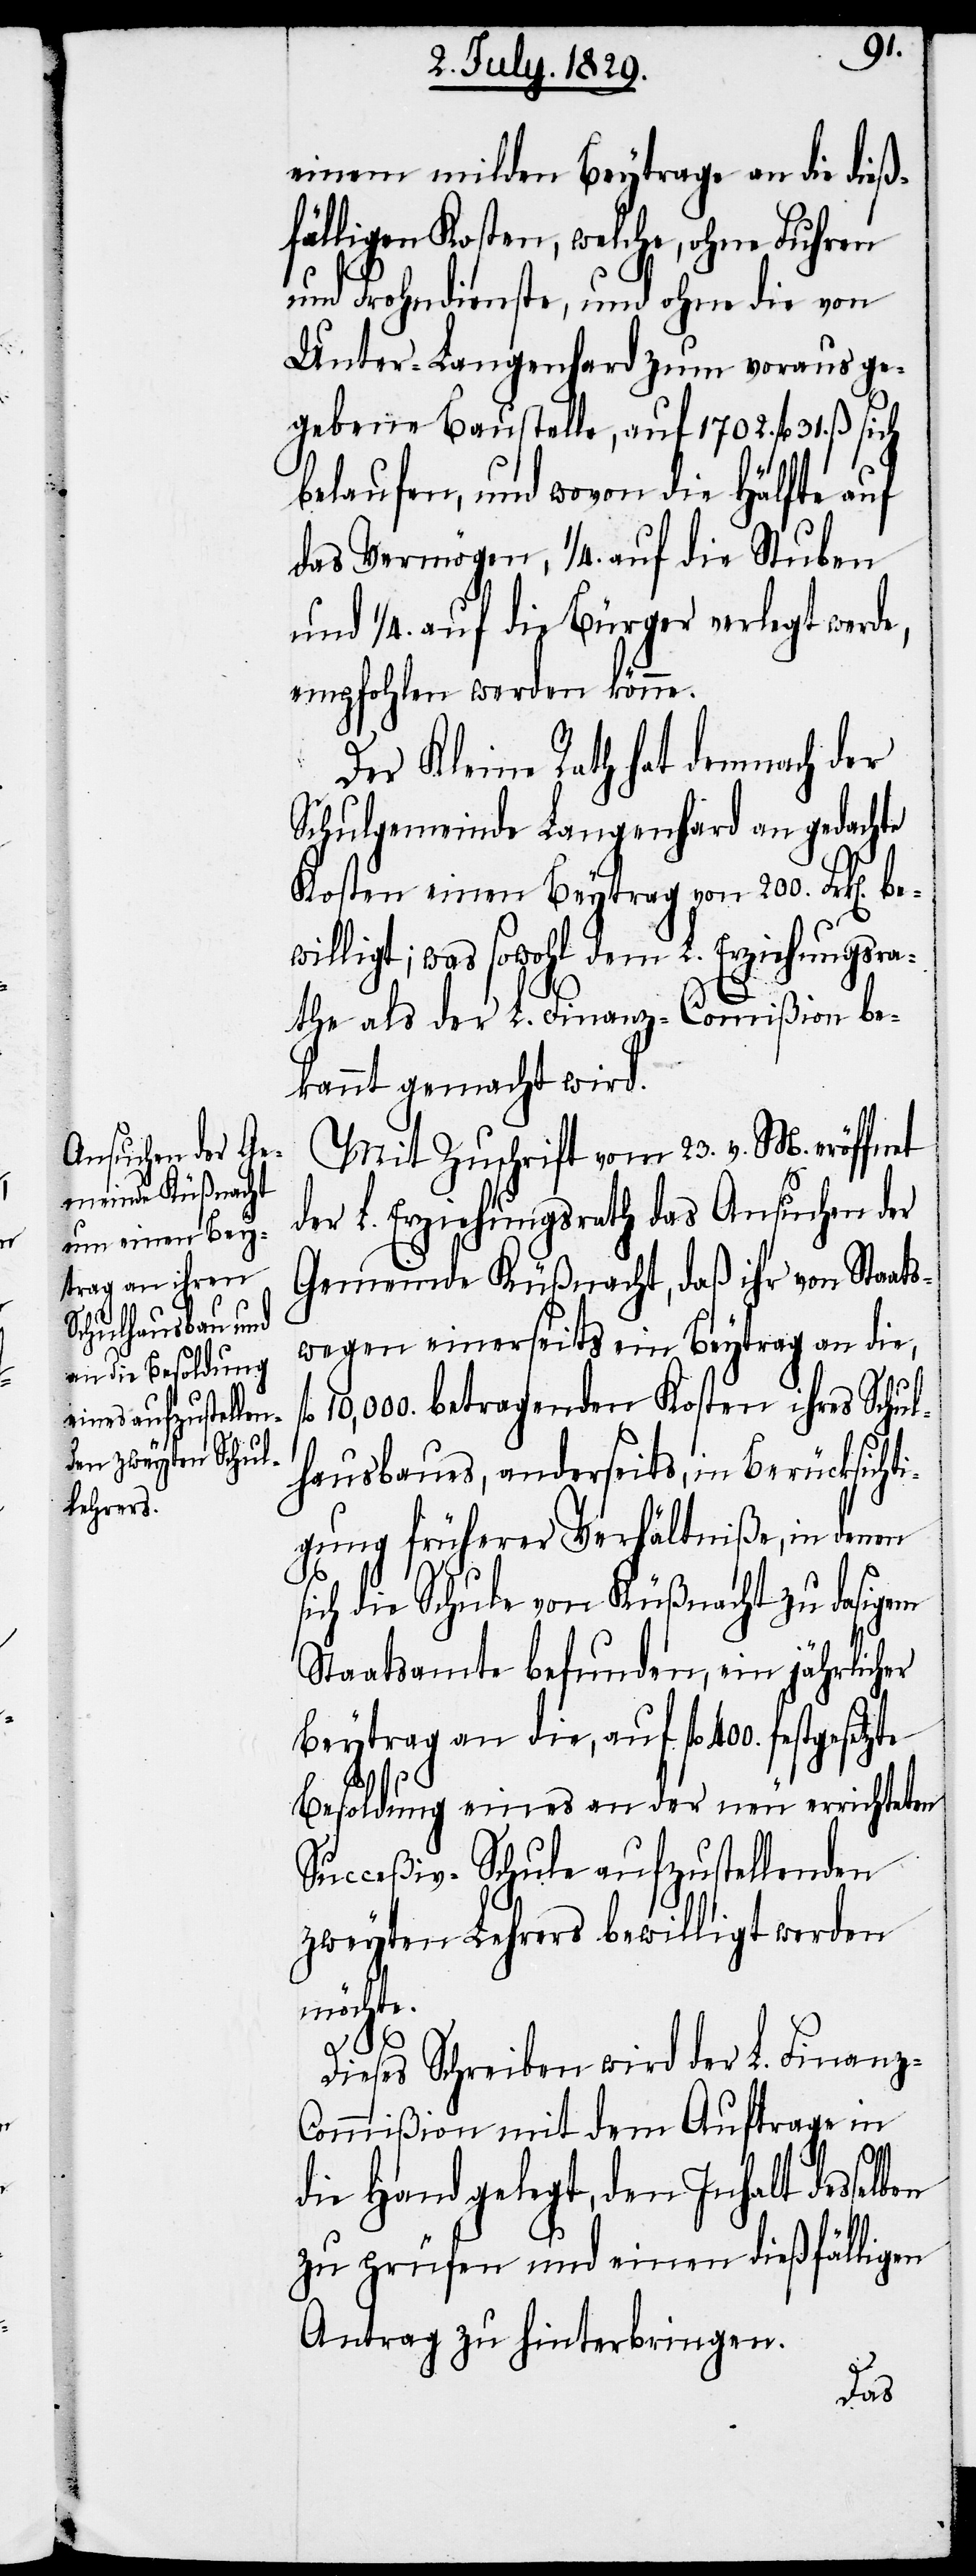
einem milden Beytrage an die dieß¬
fälligen Kosten, welche, ohne Fuhren
und Frohndienste, und ohne die von
Unter-Langenhard zum voraus ge¬
gebene Baustelle, auf 1702. fl. 31. ß. sich
belaufen, und wovon die Hälfte auf
das Vermögen, ¼. auf die Stuben
und ¼. auf die Bürger verlegt werde,
empfohlen werden könne.
Der Kleine Rath hat demnach der
Schulgemeinde Langenhard an gedachte
Kosten einen Beytrag von 200. Frk[en].
willigt; was sowohl dem L. Erziehungsra¬
the als der L. Finanz-Commißion be¬
kannt gemacht wird.
Mit Zuschrift vom 23. v. M. eröffnet
der L. Erziehungsrath das Ansuchen der
Gemeinde Küßnacht, daß ihr von Staats¬
wegen einerseits ein Beytrag an die,
10,000. betragenden Kosten ihres Schul¬
hausbaues, anderseits, in Berücksicht¬
igung früherer Verhältniße, in denen
fl.
sich die Schule von Küßnacht zu dasigem
Staatsamte befunden, ein jährlicher
Beytrag an die, auf fl. 400. festgesetzte
Besoldung eines an der neu errichteten
Succeßiv-Schule aufzustellenden
zweyten Lehrers bewilligt werden
möchte.
Dieses Schreiben wird der L. Finanz-C¬
ommißion mit dem Auftrage in
die Hand gelegt, den Inhalt desselben
zu prüfen und einen dießfälligen
Antrag zu hinterbringen.